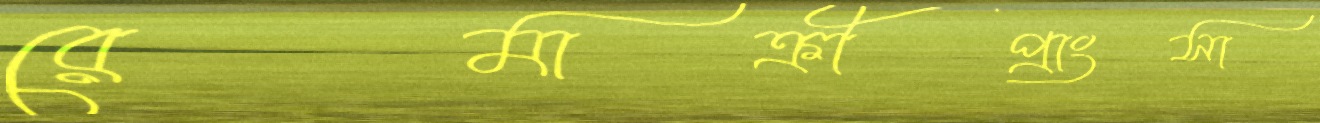
রেমাক্রীপ্রাংসা